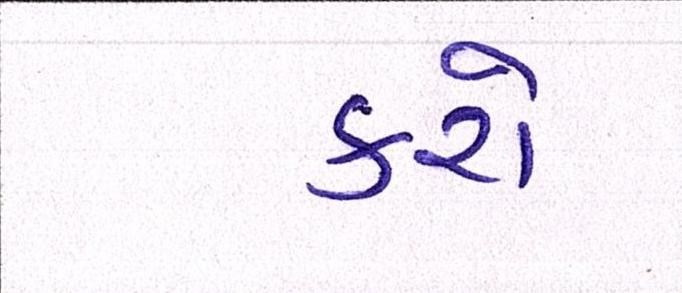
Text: કરો